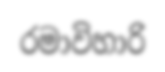
රමාවිහාරි